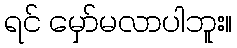
ရင် မှော်မလာပါဘူး။